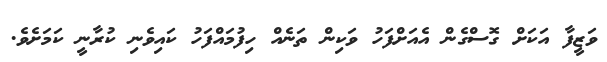
ވަޒީފާ އަކަށް ގޮސްގެން އެއަށްފަހު ވަކިން ތަނެއް ހިފުމައްފަހު ކައިވެނި ކުރާނީ ކަމަށެވެ.